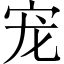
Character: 宠